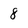
Character: 8